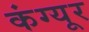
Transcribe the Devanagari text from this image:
कंग्‍यूर